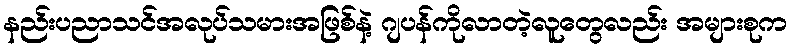
နည်းပညာသင်အလုပ်သမားအဖြစ်နဲ့ ဂျပန်ကိုလာတဲ့လူတွေလည်း အများစုက